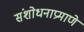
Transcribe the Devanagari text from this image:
संशोधनाप्रमाणे